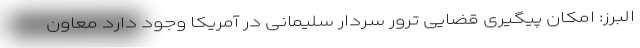
البرز: امکان پیگیری قضایی ترور سردار سلیمانی در آمریکا وجود دارد معاون